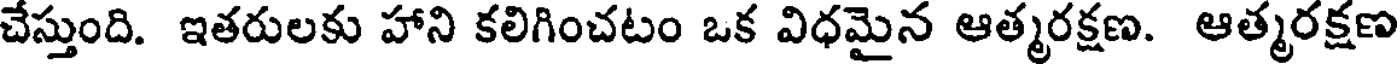
చేస్తుంది. ఇతరులకు హాని కలిగించటం ఒక విధమైన ఆత్మరక్షణ. ఆత్మరక్షణ